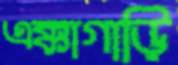
এক্কাগাড়ি